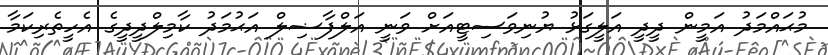
މުޙައްމަދު އަމީން ދީދީ އަލީގަޅު ޔުނިވަސިޓީއަށް ވަނީ އަލްފާޟިލް އަޙުމަދު ކާމިލްދީދީގެ އެހީތެރިކަމާ